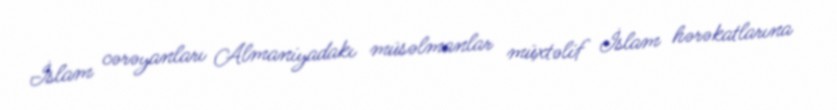
İslam cərəyanları Almaniyadakı müsəlmanlar müxtəlif İslam hərəkatlarına